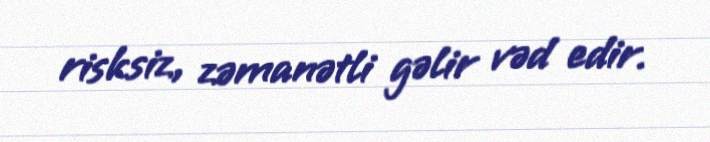
risksiz, zəmanətli gəlir vəd edir.